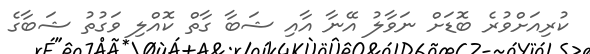
ކުރިއަށްވުރެ ބޮޑަށް ނަވާލު އޭނާ އާއި ޝަބާ ގާތް ކޮއްލި ވަގުތު ޝަބާގެ